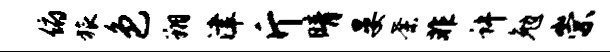
俯旅色翔津斤晴晏荼非许勉崇